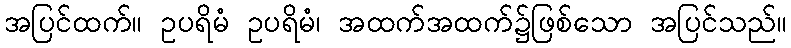
အပြင်ထက်။ ဥပရိမံ ဥပရိမံ၊ အထက်အထက်၌ဖြစ်သော အပြင်သည်။